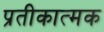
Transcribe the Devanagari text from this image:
प्रतीकात्‍मक